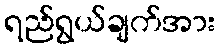
ရည်ရွယ်ချက်အား